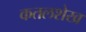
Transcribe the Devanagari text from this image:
कतलशेख